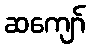
ဆကျော်